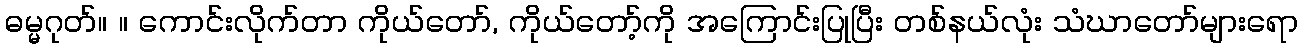
ဓမ္မဂုတ်။ ။ ကောင်းလိုက်တာ ကိုယ်တော်, ကိုယ်တော့်ကို အကြောင်းပြုပြီး တစ်နယ်လုံး သံဃာတော်များရော